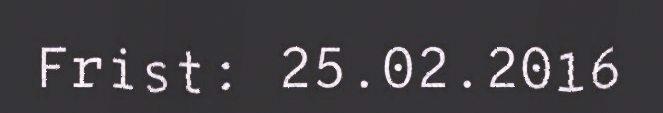
Frist: 25.02.2016